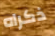
ذكراه